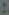
: